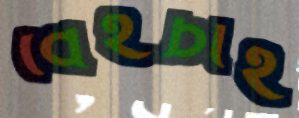
বেইচাই